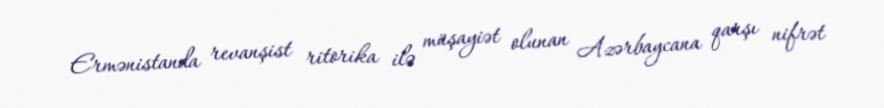
Ermənistanda revanşist ritorika ilə müşayiət olunan Azərbaycana qarşı nifrət